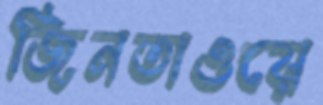
জিনতাওয়ে